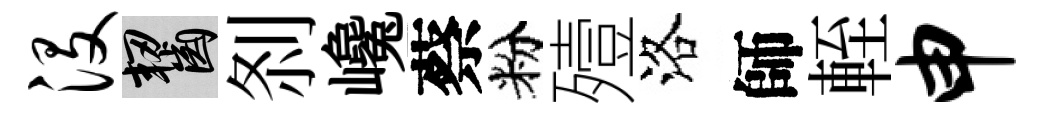
没齧𠛴巉蔡粉殪洛師輊申